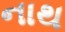
નાથ